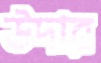
উদার